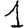
Digit: 1